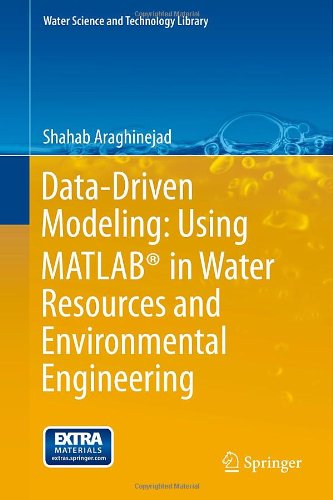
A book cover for Data-Driven Modeling: Using MATLABÂ® in Water Resources and Environmental Engineering (Water Science and Technology Library); Shahab Araghinejad; Science & Math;